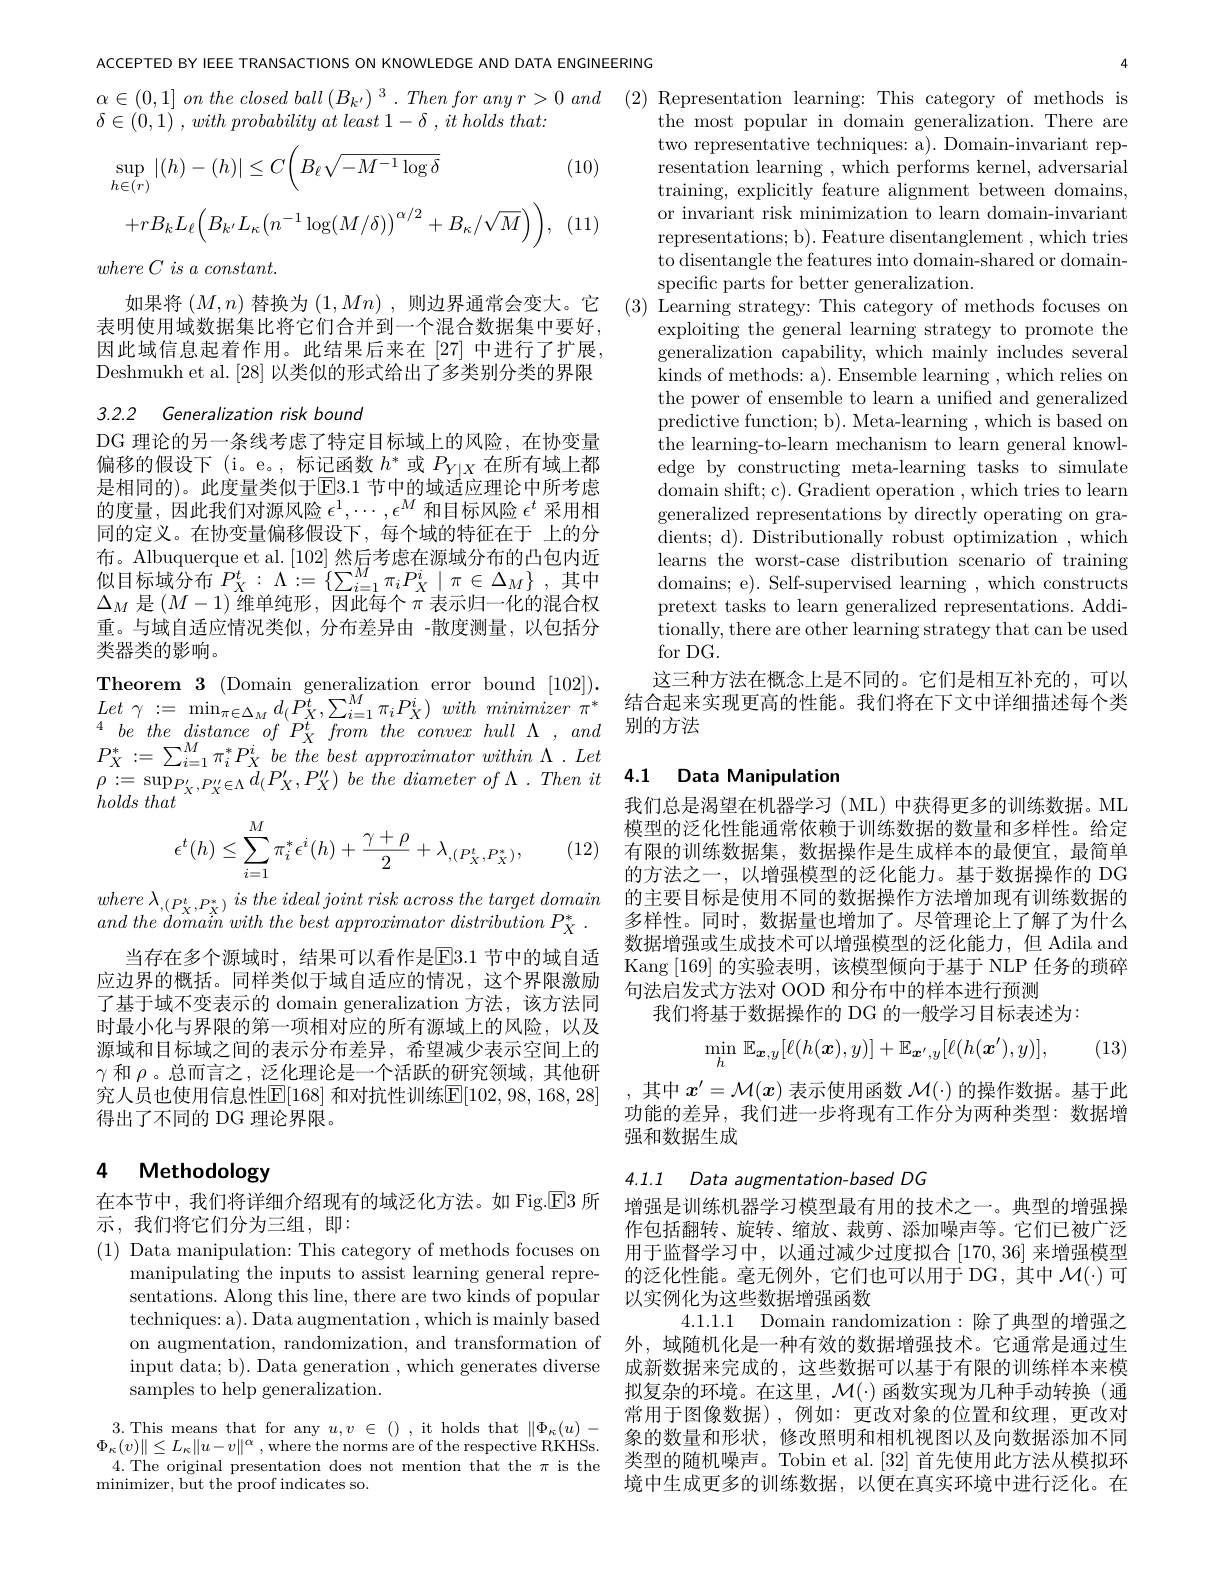
ACCEPTED BY IEEE TRANSACTIONS ON KNOWLEDGE AND DATA ENGINEERING
$\alpha \in ( 0, 1] \textit{ on the closed ball }( B_{k^{\prime }}) ^{3}. \textit{ Then for any r> 0 and}$ (2) Representation learning: This category of methods is
$\delta \in ( 0, 1)$ , with probability $at$ least $1- \delta$ , $it$ holds $that:$

(10)
$$\begin{aligned}&\sup_{h\in(r)}|(h)-(h)|\leq C\bigg(B_{\ell}\sqrt{-M^{-1}\log\delta}\\&+rB_{k}L_{\ell}\Big(B_{k^{\prime}}L_{\kappa}\big(n^{-1}\log(M/\delta)\big)^{\alpha/2}+B_{\kappa}/\sqrt{M}\Big)\Big),\end{aligned}$$
(11

$where\textit{C is a constant. }$

如果将$(M,n)$替换为$(1,Mn)$,则边界通常会变大。它表明使用域数据集比将它们合并到一个混合数据集中要好， 因此域信息起着作用。此结果后来在[27]中进行了扩展， Deshmukh et al. [28] 以类似的形式给出了多类别分类的界限

3.2.2 Generalization risk bound

DG 理论的另一条线考虑了特定目标域上的风险，在协变量偏移的假设下 (i。e。, 标记函数$h^*$或$P_Y|X$在所有域上都是相同的)。此度量类似于E3.1 节中的域适应理论中所考虑的度量，因此我们对源风险$\epsilon^1,\cdots,\epsilon^M$和目标风险$\epsilon^t$采用相同的定义。在协变量偏移假设下，每个域的特征在于 上的分布。Albuquerque et al. [102] 然后考虑在源域分布的凸包内近似 目 标 域 分 布 $P_{X}^{t}: \Lambda : = \left \{ \sum _{i= 1}^{M}\pi _{i}P_{X}^{i}\mid \pi \in \Delta _{M}\right \} $,其 中 入 日 ( M- 1) 维 单 纯 形 田 此 后 合 =丰 三 归 化 的 泪 仓 切$\Delta_M$是$(M-1)$维单纯形，因此每个$\pi$表示归一化的混合权重。与域自适应情况类似，分布差异由 -散度测量，以包括分类器类的影响。
Theorem $3\allowbreak ( {\mathrm{mod}} $Domain generalization error bound)[102]).
$P_{X}^{* }: = \sum _{i= 1}^{M}\pi _{i}^{* }P_{X}^{i}$ $be$ the best approximator within $\Lambda$ . Let $\rho : = \sup _{P_{X}^{\prime }, P_{X}^{\prime \prime }\in \Lambda }d_{( }P_{X}^{\prime }, P_{X}^{\prime \prime })$ $be$ the diameter $of$ $\Lambda$ . Then $it$ $\mathbf{4. 1}$ Data Manipulation
holds that
$$\epsilon^t(h)\leq\sum_{i=1}^M\pi_i^*\epsilon^i(h)+\frac{\gamma+\rho}{2}+\lambda_{,(P_X^t,P_X^*)},$$
(12)

当存在多个源域时，结果可以看作是$\overline{\mathrm{E}}3.1$ 节中的域自适应边界的概括。同样类似于域自适应的情况，这个界限激励了基于域不变表示的 domain generalization 方法，该方法同时最小化与界限的第一项相对应的所有源域上的风险，以及源域和目标域之间的表示分布差异，希望减少表示空间上的$\gamma$和$\rho$。总而言之，泛化理论是一个活跃的研究领域，其他研究人员也使用信息性$\mathbb{E}[168]$ 和对抗性训练$\mathbb{E}[102,98,168,28]$ 得出了不同的 DG 理论界限。

# 4 Methodology

4.1.1 Data augmentation-based DG

在本节中，我们将详细介绍现有的域泛化方法。如 Fig.$\boxed{\mathrm{E}}3$所
示，我们将它们分为三组，即：

(1) Data manipulation: This category of methods focuses on
manipulating the inputs to assist learning general representations. Along this line, there are two kinds of popular techniques: a). Data augmentation , which is mainly based on augmentation, randomization, and transformation of 外，域随机化是一种有效的数据增强技术。它通常是通过生
input data; b). Data generation , which generates diverse
samples to help generalization.

4. The original presentation does not mention that the $\pi$ is the
minimizer, but the proof indicates so.

the most popular in domain generalization. There are two representative techniques: a). Domain-invariant representation learning , which performs kernel, adversarial training, explicitly feature alignment between domains, or invariant risk minimization to learn domain-invariant representations; b). Feature disentanglement , which tries to disentangle the features into domain-shared or domainspecific parts for better generalization.
(3) Learning strategy: This category of methods focuses on
exploiting the general learning strategy to promote the generalization capability, which mainly includes several kinds of methods: a). Ensemble learning , which relies on the power of ensemble to learn a unified and generalized predictive function; b). Meta-learning , which is based on the learning- to- learn mechanism to learn general knowl- edge by constructing meta-learning tasks to simulate domain shift; c). Gradient operation , which tries to learn generalized representations by directly operating on gradients; d). Distributionally robust optimization , which learns the worst-case distribution scenario of training domains; e). Self-supervised learning , which constructs pretext tasks to learn generalized representations. Addi- $\bar{\text{tionally, there are other learning strategy that can be used}}$ for DG.
这三种方法在概念上是不同的。它们是相互补充的，可以
$Let\gamma : = \min _{\pi \in \Delta _M}d( P_X^t, \sum _{i= 1}^M\pi _iP_X^i) with$ minimizer $\pi ^*$ 结合起来实现更高的性能。我们将在下文中详细描述每个类
$^{4}be$ the distance $of$ $P_{X}^{t}$ from the convex hull $\Lambda$ , and 别的方法

我们总是渴望在机器学习(ML)中获得更多的训练数据。ML 模型的泛化性能通常依赖于训练数据的数量和多样性。给定有限的训练数据集，数据操作是生成样本的最便宜，最简单的方法之一，以增强模型的泛化能力。基于数据操作的 DG
$where\lambda _{, ( P_{{\mathbf{x} }}^{t}, P_{{\mathbf{x} }}^{* }) }is$ the ideal joint risk across the target domain 的 主 要 目 标 是 使 用 不 同 的 数 据 操 作 方 法 增 加 现 有 训 练 数 据 的 and the domain with the best approximator distribution $P_{X}^{* }.$ 多 样 性 。同 时 , 数 据 量 也 增 加 了 。尽 管 理 论 上 了 解 了 为 什 么
数据增强或生成技术可以增强模型的泛化能力，但 Adila and Kang [169]的实验表明，该模型倾向于基于 NLP 任务的琐碎句法启发式方法对 OOD 和分布中的样本进行预测
我们将基于数据操作的 DG 的一般学习目标表述为：

(13)
$$\min_{h}\:\mathbb{E}_{\boldsymbol{x},y}[\ell(h(\boldsymbol{x}),y)]+\mathbb{E}_{\boldsymbol{x}',y}[\ell(h(\boldsymbol{x}'),y)],$$
,其中$x^{\prime}=\mathcal{M}(x)$表示使用函数$\mathcal{M}(\cdot)$的操作数据。基于此功能的差异，我们进一步将现有工作分为两种类型：数据增强和数据生成

增强是训练机器学习模型最有用的技术之一。典型的增强操作包括翻转、旋转、缩放、裁剪、添加噪声等。它们已被广泛用于监督学习中，以通过减少过度拟合[170,36]来增强模型的泛化性能。毫无例外，它们也可以用于 DG , 其中$\mathcal{M}(\cdot)$可以实例化为这些数据增强函数
4.1.1.1 Domain randomization:除了典型的增强之
成新数据来完成的，这些数据可以基于有限的训练样本来模拟复杂的环境。在这里，$\mathcal{M}(\cdot)$函数实现为几种手动转换(通常用于图像数据),例如：更改对象的位置和纹理，更改对
$\begin{aligned}3.\text{ This means that for any }u,v\in(),&\text{it holds that }\|\Phi_{\kappa}(u)-&\text{象的数量和形状，修改照明和相机视图以及向数据添加不同}\\\Phi_{\kappa}(v)\|\leq L_{\kappa}\|u-v\|^{\alpha},&\text{where the norms are of the respective RKHSs.}&\text{米刑的阵机幅声}&\text{Tobine a}\mathrm{~a~l~[32]}\text{ 首生值用此方洋从横扪环}\end{aligned}$
类型的随机噪声。Tobin et al. [32]首先使用此方法从模拟环境中生成更多的训练数据，以便在真实环境中进行泛化。在